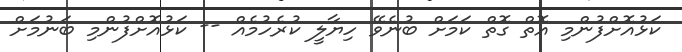
ކަޅުއޮށްފުންމި އޮޮތް ގޮތް ކަމަށް ބުނެވޭ ހިޔާލީ ކުރެހުމެއް -- ކަޅުއޮށްފުންމި ބަނުމަށް